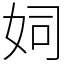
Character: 㚸